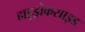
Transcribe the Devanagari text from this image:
हाइड्रोकसाइड